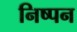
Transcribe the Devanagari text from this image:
निष्पन